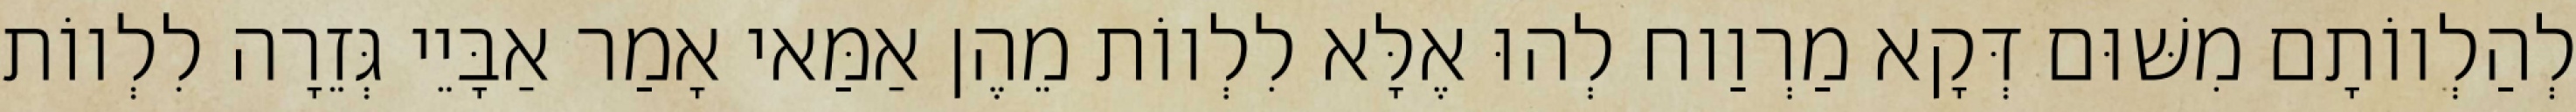
לְהַלְווֹתָם מִשּׁוּם דְּקָא מַרְוַוח לְהוּ אֶלָּא לִלְווֹת מֵהֶן אַמַּאי אָמַר אַבָּיֵי גְּזֵרָה לִלְווֹת